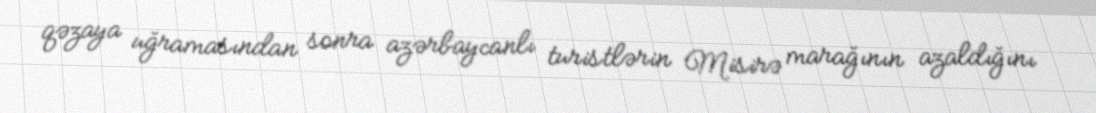
qəzaya uğramasından sonra azərbaycanlı turistlərin Misirə marağının azaldığını